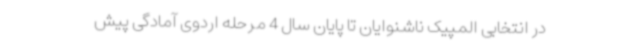
در انتخابی المپیک ناشنوایان تا پایان سال 4 مرحله اردوی آمادگی پیش